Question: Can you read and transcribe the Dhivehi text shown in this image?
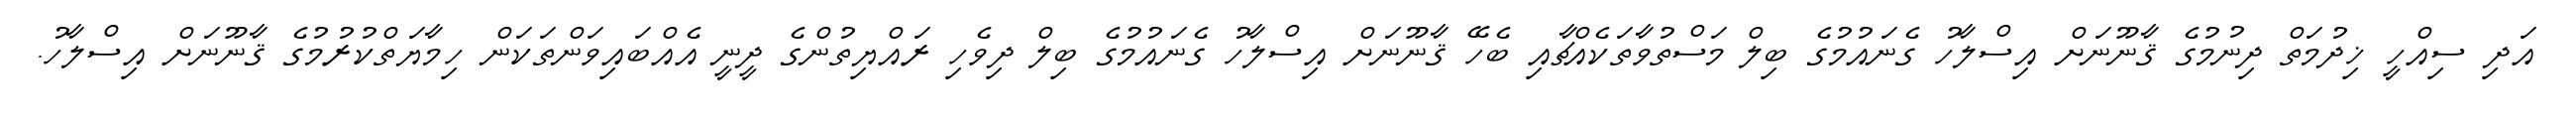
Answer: އަދި ސިއްހީ ޚިދުމަތް ދިނުމުގެ ޤާނޫނަށް އިސްލާހު ގެނައުމުގެ ބިލް މަސްތުވާތަކެއްޗާއި ބެހޭ ޤާނޫނަށް އިސްލާހު ގެނައުމުގެ ބިލް ދިވެހި ރައްޔިތުންގެ ދީނީ އެއްބައިވަންތަކަން ހިމާޔަތްކުރުމުގެ ޤާނޫނަށް އިސްލާހު.